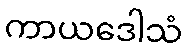
ကာယဒေါသံ